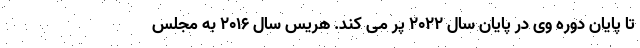
تا پایان دوره وی در پایان سال ۲۰۲۲ پر می کند. هریس سال ۲۰۱۶ به مجلس